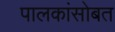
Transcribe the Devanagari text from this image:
पालकांसोबत